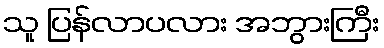
သူ ပြန်လာပလား အဘွားကြီး